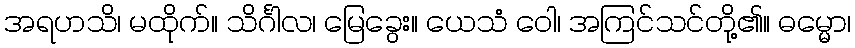
အရဟသိ၊ မထိုက်။ သိင်္ဂါလ၊ မြေခွေး။ ယေသံ ဝေါ၊ အကြင်သင်တို့၏။ ဓမ္မော၊